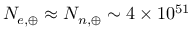
N _ { e , \oplus } \approx N _ { n , \oplus } \sim 4 \times 1 0 ^ { 5 1 }